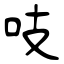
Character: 吱